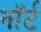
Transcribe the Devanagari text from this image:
नॉर्ट